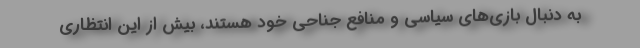
به دنبال بازی‌های سیاسی و منافع جناحی خود هستند، بیش از این انتظاری